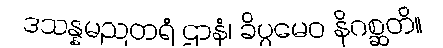
ဒသန္နမညတရံ ဌာနံ၊ ခိပ္ပမေဝ နိဂစ္ဆတိ။